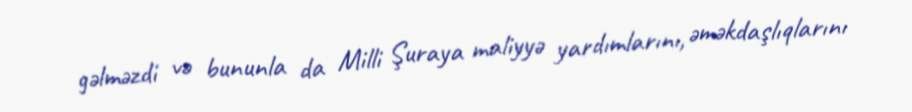
gəlməzdi və bununla da Milli Şuraya maliyyə yardımlarını, əməkdaşlıqlarını